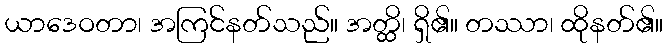
ယာဒေဝတာ၊ အကြင်နတ်သည်။ အတ္ထိ၊ ရှိ၏။ တဿာ၊ ထိုနတ်၏။